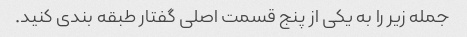
جمله زیر را به یکی از پنج قسمت اصلی گفتار طبقه بندی کنید.